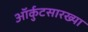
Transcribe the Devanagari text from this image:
ऑर्कुटसारख्या